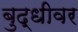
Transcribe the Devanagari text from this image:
बुद्धीवर